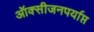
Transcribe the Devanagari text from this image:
ऑक्सीजनपर्याप्त